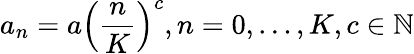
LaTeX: a_{n}=a\left(\frac{n}{K}\right)^{c},n=0,\dots,K,c\in\mathbb{N}